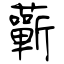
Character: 蘄